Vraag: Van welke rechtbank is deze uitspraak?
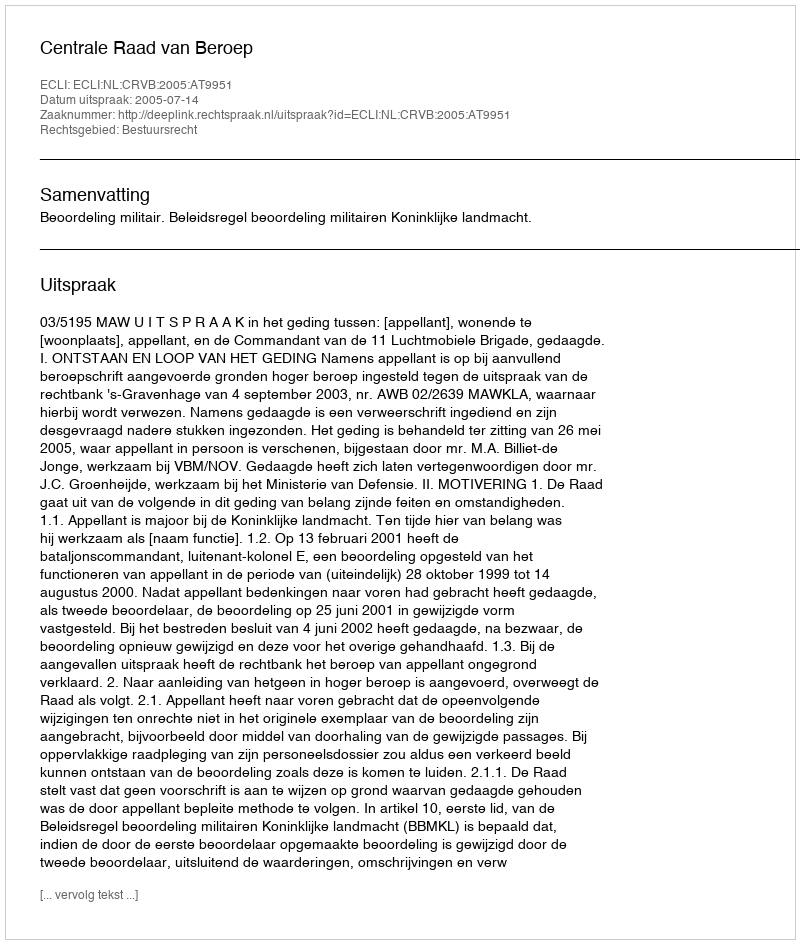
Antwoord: Centrale Raad van Beroep